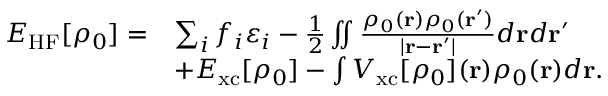
\begin{array} { r l } { E _ { \mathrm { H F } } [ \rho _ { 0 } ] = } & { \sum _ { i } f _ { i } \varepsilon _ { i } - \frac { 1 } { 2 } \iint \frac { \rho _ { 0 } ( { \bf r } ) \rho _ { 0 } ( { \bf r ^ { \prime } } ) } { \vert { \bf r - r ^ { \prime } } \vert } d { \bf r } d { \bf r ^ { \prime } } } \\ & { + E _ { \mathrm { x c } } [ \rho _ { 0 } ] - \int V _ { \mathrm { x c } } [ \rho _ { 0 } ] ( { \bf r } ) \rho _ { 0 } ( { \bf r } ) d { \bf r } . } \end{array}